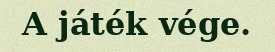
A játék vége.